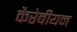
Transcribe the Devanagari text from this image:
कैरेबीयन